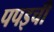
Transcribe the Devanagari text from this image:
पपइची